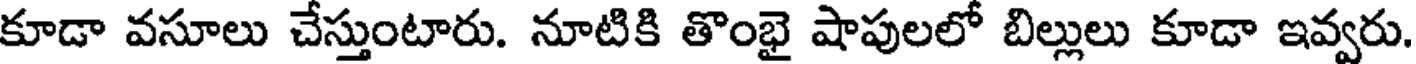
కూడా వసూలు చేస్తుంటారు. నూటికి తొంభై షాపులలో బిల్లులు కూడా ఇవ్వరు